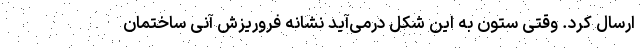
ارسال کرد. وقتی ستون به این شکل درمی‌آید نشانه فروریزش آنی ساختمان